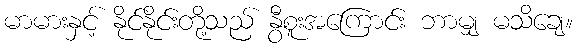
မာမားနှင့် နိုင်နိုင်းတို့သည် နွီစူးအကြောင်း ဘာမျှ မသိချေ။